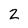
Character: 2